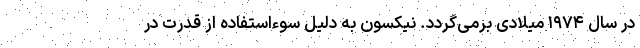
در سال ۱۹۷۴ میلادی برمی‌گردد. نیکسون به دلیل سوءاستفاده از قدرت در